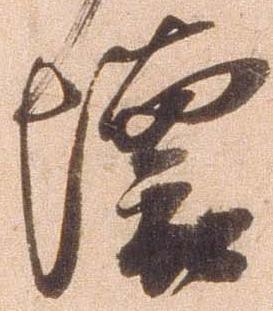
懐